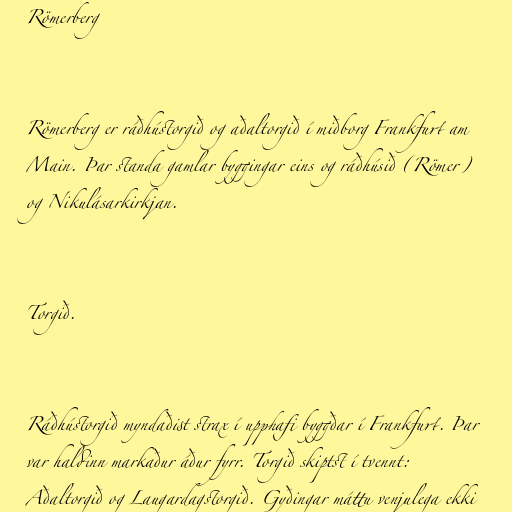
Römerberg

Römerberg er ráðhústorgið og aðaltorgið í miðborg Frankfurt am
Main. Þar standa gamlar byggingar eins og ráðhúsið (Römer)
og Nikulásarkirkjan.

Torgið.

Ráðhústorgið myndaðist strax í upphafi byggðar í Frankfurt. Þar
var haldinn markaður áður fyrr. Torgið skiptst í tvennt:
Aðaltorgið og Laugardagstorgið. Gyðingar máttu venjulega ekki